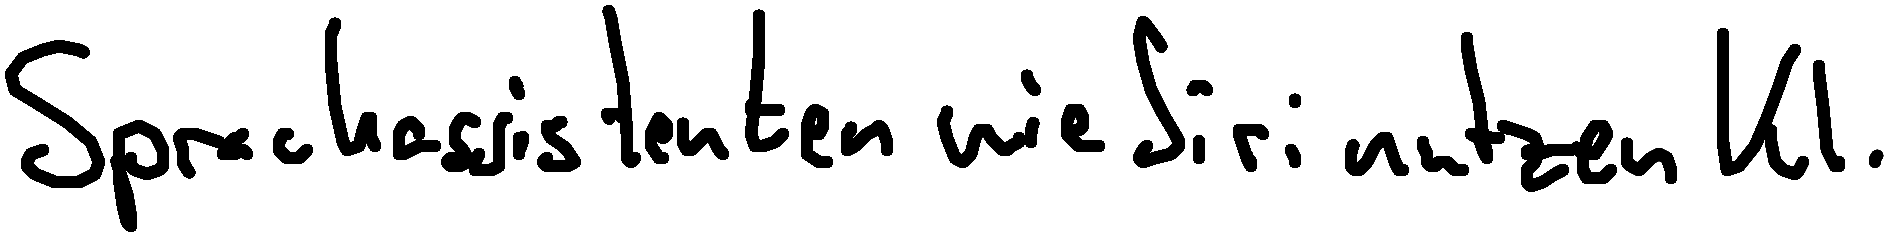
Sprachassistenten wie Siri nutzen KI.